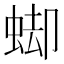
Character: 䖼